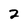
Character: 2